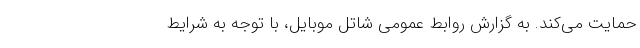
حمایت می‌کند. به گزارش روابط عمومی شاتل موبایل، با توجه به شرایط